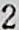
2